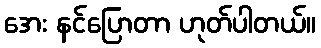
အေး နင်ပြောတာ ဟုတ်ပါတယ်။